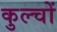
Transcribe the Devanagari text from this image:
कुल्चों